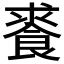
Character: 𩛰